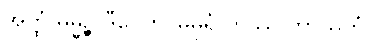
အတ္ထံ ဓမ္မဉ္စ ဒီပေတိ၊ မဓုရံ တဿ ဘာသိတံ။